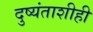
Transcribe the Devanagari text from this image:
दुष्यंताशीही